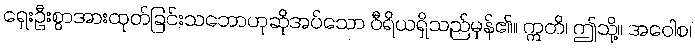
ရှေးဦးစွာအားထုတ်ခြင်းသဘောဟုဆိုအပ်သော ဝီရိယရှိသည်မှန်၏။ ဣတိ၊ ဤသို့။ အဝေါစ၊